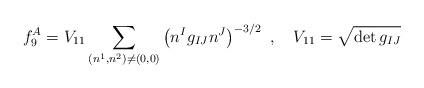
LaTeX: \begin{align*}f_9^A = V_{11} \sum_{(n^1,n^2)\ne (0,0)} \left( n^{I} g_{IJ} n^{J} \right)^{-3/2}\ ,\quad V_{11}=\sqrt{\det g_{IJ}}\end{align*}